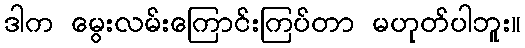
ဒါက မွေးလမ်းကြောင်းကြပ်တာ မဟုတ်ပါဘူး။